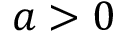
a > 0